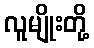
လူမျိုးတို့